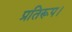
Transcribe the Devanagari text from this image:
प्रतिरूप।